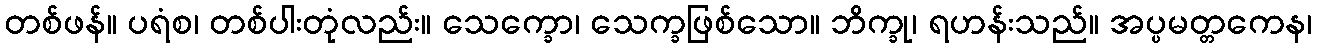
တစ်ဖန်။ ပရံစ၊ တစ်ပါးတုံလည်း။ သေက္ခော၊ သေက္ခဖြစ်သော။ ဘိက္ခု၊ ရဟန်းသည်။ အပ္ပမတ္တကေန၊